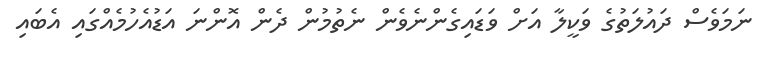
ނަމަވެސް ދައުލަތުގެ ވަކީލާ އަށް ވަޑައިގެންނެވެން ނެތުމުން ދެން އޮންނަ އަޑުއެހުމެއްގައި އެބައި